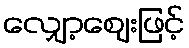
လျှော့ဈေးဖြင့်